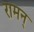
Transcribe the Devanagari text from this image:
रामन्‌